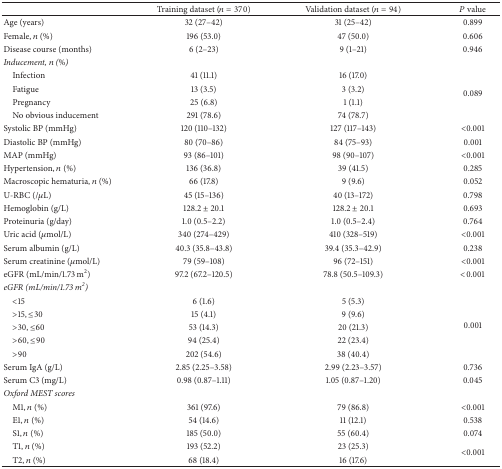
<table><thead><tr><td><b> </b></td><td><b>Training dataset (<i>n</i> = 370)</b></td><td><b>Validation dataset (<i>n</i> = 94)</b></td><td><b><i>P</i> value</b></td></tr></thead><tbody><tr><td>Age (years)</td><td>32 (27–42)</td><td>31 (25–42)</td><td>0.899</td></tr><tr><td>Female, <i>n</i> (%)</td><td>196 (53.0)</td><td>47 (50.0)</td><td>0.606</td></tr><tr><td>Disease course (months)</td><td>6 (2–23)</td><td>9 (1–21)</td><td>0.946</td></tr><tr><td><i>Inducement, n (%)</i></td><td colspan="3"> </td></tr><tr><td> Infection</td><td>41 (11.1)</td><td>16 (17.0)</td><td rowspan="4">0.089</td></tr><tr><td> Fatigue</td><td>13 (3.5)</td><td>3 (3.2)</td></tr><tr><td> Pregnancy</td><td>25 (6.8)</td><td>1 (1.1)</td></tr><tr><td> No obvious inducement</td><td>291 (78.6)</td><td>74 (78.7)</td></tr><tr><td>Systolic BP (mmHg)</td><td>120 (110–132)</td><td>127 (117–143)</td><td>&lt;0.001</td></tr><tr><td>Diastolic BP (mmHg)</td><td>80 (70–86)</td><td>84 (75–93)</td><td>0.001</td></tr><tr><td>MAP (mmHg)</td><td>93 (86–101)</td><td>98 (90–107)</td><td>&lt;0.001</td></tr><tr><td>Hypertension, <i>n</i> (%)</td><td>136 (36.8)</td><td>39 (41.5)</td><td>0.285</td></tr><tr><td>Macroscopic hematuria, <i>n</i> (%)</td><td>66 (17.8)</td><td>9 (9.6)</td><td>0.052</td></tr><tr><td>U-RBC (/<i>μ</i>L)</td><td>45 (15–136)</td><td>40 (13–172)</td><td>0.798</td></tr><tr><td>Hemoglobin (g/L)</td><td>128.2 ± 20.1</td><td>128.2 ± 20.1</td><td>0.693</td></tr><tr><td>Proteinuria (g/day)</td><td>1.0 (0.5–2.2)</td><td>1.0 (0.5–2.4)</td><td>0.764</td></tr><tr><td>Uric acid (<i>μ</i>mol/L)</td><td>340 (274–429)</td><td>410 (328–519)</td><td>&lt;0.001</td></tr><tr><td>Serum albumin (g/L)</td><td>40.3 (35.8–43.8)</td><td>39.4 (35.3–42.9)</td><td>0.238</td></tr><tr><td>Serum creatinine (<i>μ</i>mol/L)</td><td>79 (59–108)</td><td>96 (72–151)</td><td>&lt;0.001</td></tr><tr><td>eGFR (mL/min/1.73 m<sup>2</sup>)</td><td>97.2 (67.2–120.5)</td><td>78.8 (50.5–109.3)</td><td>&lt;0.001</td></tr><tr><td><i>eGFR (mL/min/1.73 m</i><sup><i>2</i></sup>)</td><td colspan="3"> </td></tr><tr><td> &lt;15</td><td>6 (1.6)</td><td>5 (5.3)</td><td rowspan="5">0.001</td></tr><tr><td> &gt;15, ≤30</td><td>15 (4.1)</td><td>9 (9.6)</td></tr><tr><td> &gt;30, ≤60</td><td>53 (14.3)</td><td>20 (21.3)</td></tr><tr><td> &gt;60, ≤90</td><td>94 (25.4)</td><td>22 (23.4)</td></tr><tr><td> &gt;90</td><td>202 (54.6)</td><td>38 (40.4)</td></tr><tr><td>Serum IgA (g/L)</td><td>2.85 (2.25–3.58)</td><td>2.99 (2.23–3.57)</td><td>0.736</td></tr><tr><td>Serum C3 (mg/L)</td><td>0.98 (0.87–1.11)</td><td>1.05 (0.87–1.20)</td><td>0.045</td></tr><tr><td><i>Oxford MEST scores</i></td><td colspan="3"> </td></tr><tr><td> M1, <i>n</i> (%)</td><td>361 (97.6)</td><td>79 (86.8)</td><td>&lt;0.001</td></tr><tr><td> E1, <i>n</i> (%)</td><td>54 (14.6)</td><td>11 (12.1)</td><td>0.538</td></tr><tr><td> S1, <i>n</i> (%)</td><td>185 (50.0)</td><td>55 (60.4)</td><td>0.074</td></tr><tr><td> T1, <i>n</i> (%)</td><td>193 (52.2)</td><td>23 (25.3)</td><td rowspan="2">&lt;0.001</td></tr><tr><td> T2, <i>n</i> (%)</td><td>68 (18.4)</td><td>16 (17.6)</td></tr></tbody></table>